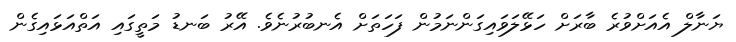
ޔަނާލް އެއަށްވުރެ ބާރަށް ހަޅޭލަވައިގަންނަމުން ފަހަތަށް އެނބުރުނެވެ. އޭރު ބަނޑު މަތީގައި އަތްއަޅައިގެން